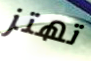
تهتز